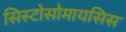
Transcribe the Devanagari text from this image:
सिस्टोसोमायसिस